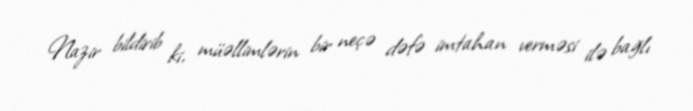
Nazir bildirib ki, müəllimlərin bir neçə dəfə imtahan verməsi ilə bağlı